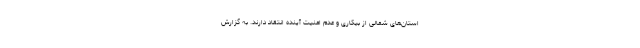
استان‌های شمالی از بیکاری و عدم امنیت آینده انتقاد دارند. به گزارش